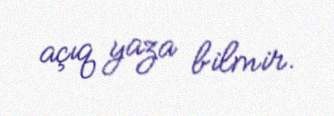
açıq yaza bilmir.